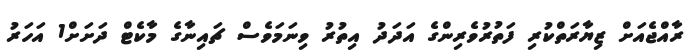
ރާއްޖެއަށް ޒިޔާރަތްކުރި ފަތުރުވެރިންގެ އަދަދު އިތުރު ވިނަމަވެސް ޗައިނާގެ މާކެޓް ދަށަށް1 އަހަރު